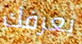
يعرفك